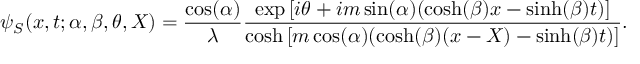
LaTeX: \psi _ { S } ( x , t ; \alpha , \beta , \theta , X ) = \frac { \cos ( \alpha ) } { \lambda } \frac { \exp \left[ i \theta + i m \sin ( \alpha ) ( \cosh ( \beta ) x - \sinh ( \beta ) t ) \right] } { \cosh \left[ m \cos ( \alpha ) ( \cosh ( \beta ) ( x - X ) - \sinh ( \beta ) t ) \right] } .